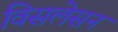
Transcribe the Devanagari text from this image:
विसलेसन